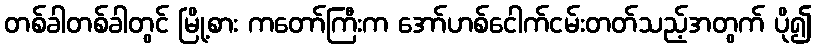
တစ်ခါတစ်ခါတွင် မြို့စား ကတော်ကြီးက အော်ဟစ်ငေါက်ငမ်းတတ်သည့်အတွက် ပို၍